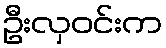
ဦးလှဝင်းက